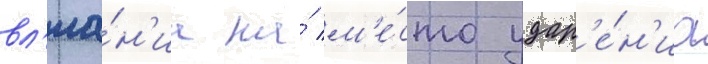
вл'иа́н'иа на́ м'е́сто удар'е́н'иа